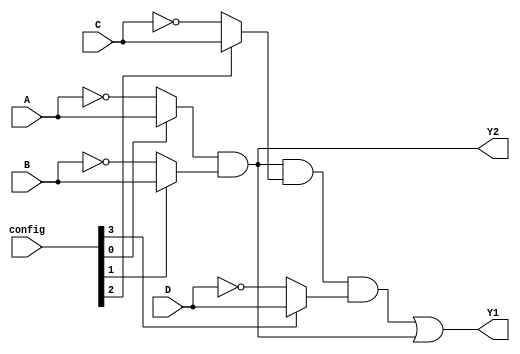
module flash_programmable_pal (
    input wire A,           // Input A
    input wire B,           // Input B
    input wire C,           // Input C
    input wire D,           // Input D
    input wire [3:0] config, // Configuration input: 4 bits for programming AND gates
    output wire Y1,         // Output Y1
    output wire Y2          // Output Y2
);

    // Internal wires for programmable AND gate outputs
    wire and_out1, and_out2;

    // Programmable AND gates
    assign and_out1 = (config[0] ? A : ~A) & (config[1] ? B : ~B) & (config[2] ? C : ~C) & (config[3] ? D : ~D);
    assign and_out2 = (config[0] ? A : ~A) & (config[1] ? B : ~B); // Example with fewer inputs

    // Fixed OR gates
    assign Y1 = and_out1 | and_out2; // Output Y1 combines the outputs of AND gates
    assign Y2 = and_out2; // Output Y2 as direct output from second AND gate

endmodule